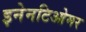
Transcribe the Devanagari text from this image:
इनेनटिओमर